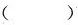
( )